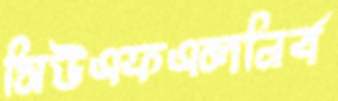
সিউএফএলনির্ব